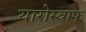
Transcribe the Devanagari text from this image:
यारोस्वाफ